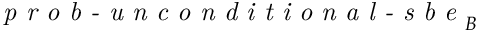
\textit { p r o b - u n c o n d i t i o n a l - s b e } _ { B }